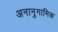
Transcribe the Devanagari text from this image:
अनानुगामिक